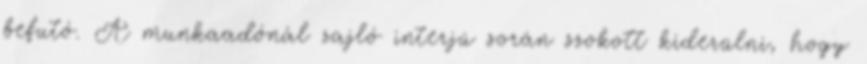
befutó. A munkaadónál zajló interjú során szokott kiderülni, hogy